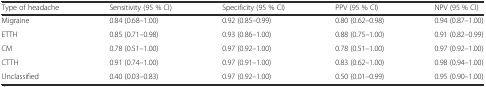
<table><thead><tr><td><b>Type of headache</b></td><td><b>Sensitivity (95 % CI)</b></td><td><b>Specificity (95 % CI)</b></td><td><b>PPV (95 % CI)</b></td><td><b>NPV (95 % CI)</b></td></tr></thead><tbody><tr><td>Migraine</td><td>0.84 (0.68–1.00)</td><td>0.92 (0.85–0.99)</td><td>0.80 (0.62–0.98)</td><td>0.94 (0.87–1.00)</td></tr><tr><td>ETTH</td><td>0.85 (0.71–0.98)</td><td>0.93 (0.86–1.00)</td><td>0.88 (0.75–1.00)</td><td>0.91 (0.82–0.99)</td></tr><tr><td>CM</td><td>0.78 (0.51–1.00)</td><td>0.97 (0.92–1.00)</td><td>0.78 (0.51–1.00)</td><td>0.97 (0.92–1.00)</td></tr><tr><td>CTTH</td><td>0.91 (0.74–1.00)</td><td>0.97 (0.91–1.00)</td><td>0.83 (0.62–1.00)</td><td>0.98 (0.94–1.00)</td></tr><tr><td>Unclassified</td><td>0.40 (0.03–0.83)</td><td>0.97 (0.92–1.00)</td><td>0.50 (0.01–0.99)</td><td>0.95 (0.90–1.00)</td></tr></tbody></table>